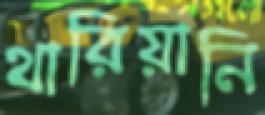
থারিয়ানি